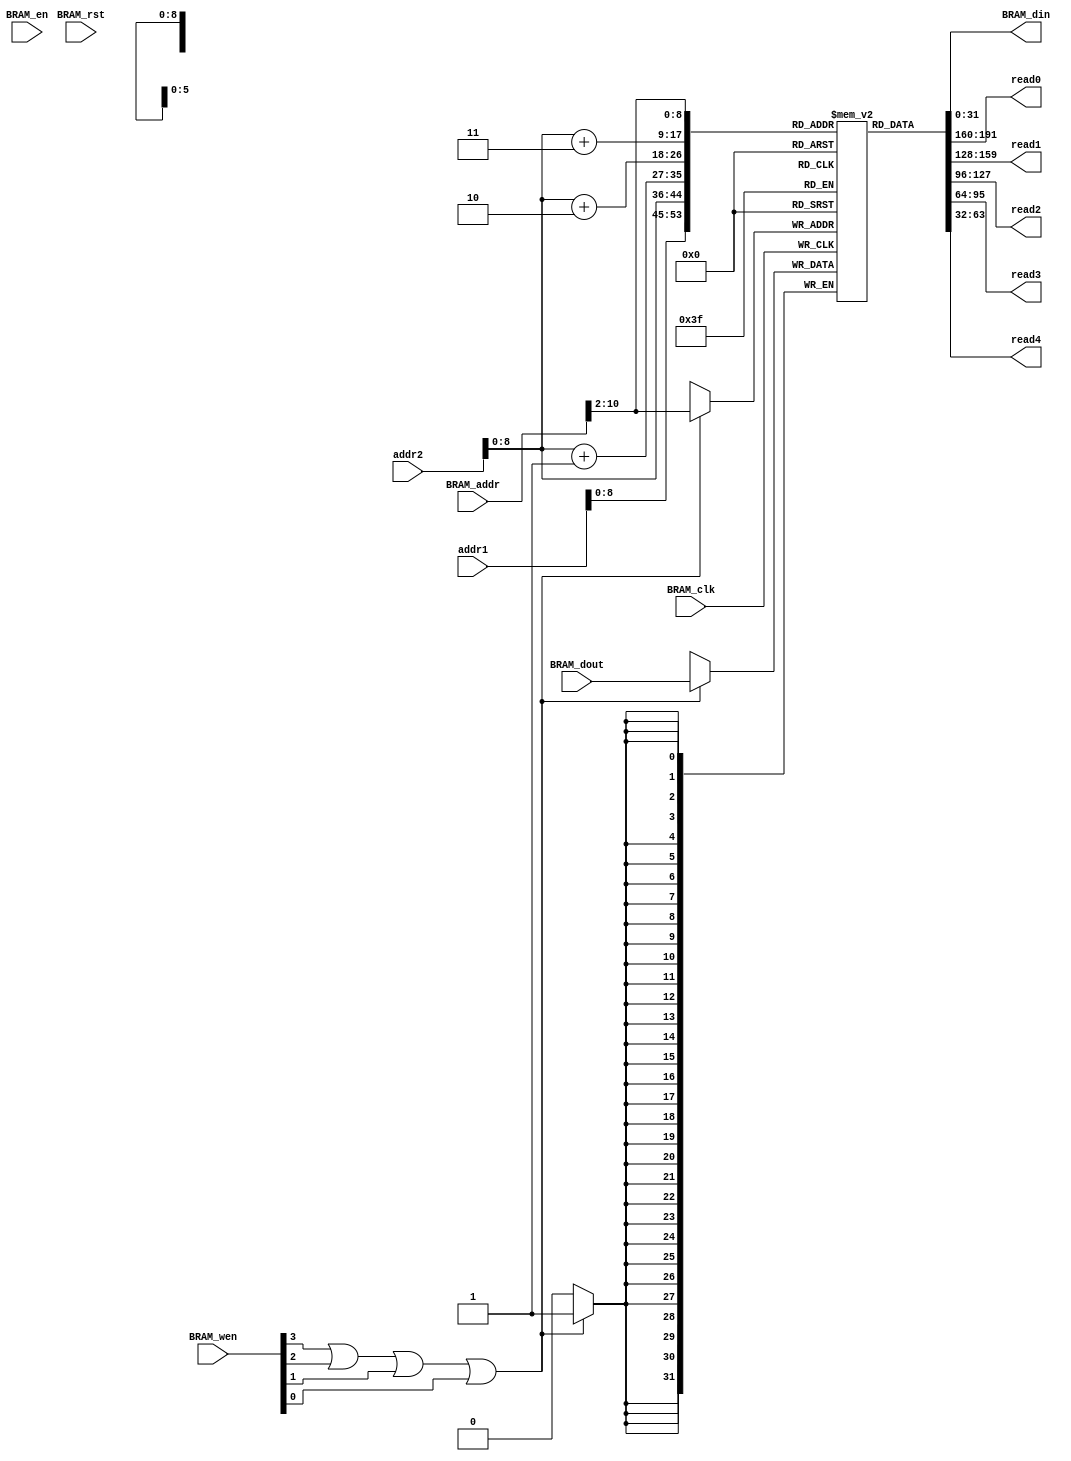
`timescale 1ns / 1ps
//////////////////////////////////////////////////////////////////////////////////
// Company: 
// Engineer: 
// 
// Design Name: 
// Module Name:    inst_bram 
// Project Name: 
// Target Devices: 
// Tool versions: 
// Description: 
//
// Dependencies: 
//
// Revision: 
// Revision 0.01 - File Created
// Additional Comments: 
//
//////////////////////////////////////////////////////////////////////////////////
module async_inst_bram( BRAM_rst, BRAM_clk, BRAM_en, BRAM_wen, 
                        BRAM_addr, BRAM_din, BRAM_dout,
                        addr1, addr2, read0, read1, read2, read3, read4 );
    
    input              BRAM_rst;
    input              BRAM_clk;
    input              BRAM_en;
    input  [0:3]       BRAM_wen;
    input  [0:31]      BRAM_addr;
    output [0:31]      BRAM_din;
    input  [0:31]      BRAM_dout;
    
    input  [31:0]      addr1;
    input  [31:0]      addr2;
    output [31:0]      read0;
    output [31:0]      read1;
    output [31:0]      read2;
    output [31:0]      read3;
    output [31:0]      read4;
        
    reg    [31:0]  mem [383:0]; 
    //reg    [31:0]  mem [44:0];     
    
    wire   [0:9]   addr;
    
    assign read0 = mem[addr1];
    assign read1 = mem[addr2];
    assign read2 = mem[addr2+1];
    assign read3 = mem[addr2+2];
    assign read4 = mem[addr2+3];
    
    assign addr     = BRAM_addr [20:29];
    assign BRAM_din = mem[addr];
    assign wen      = BRAM_wen[0] | BRAM_wen[1] | BRAM_wen[2] | BRAM_wen[3];
    
    always @ (posedge BRAM_clk)
    begin
        if (wen)
            mem[addr] <= BRAM_dout;
    end
    
    initial begin
        
        mem[0]=32'h80001016;		// rotate matrix
        
        mem[1]=32'h3F3504F3;        
        mem[2]=32'h00000000;
        mem[3]=32'hBF3504F2;
        mem[4]=32'h00000000;
        
        mem[5]=32'h00000000;
        mem[6]=32'h3F800000;
        mem[7]=32'h00000000;
        mem[8]=32'h00000000;
        
        mem[9]= 32'h3F3504F3;
        mem[10]= 32'h0;
        mem[11]= 32'h3F3504F3;
        mem[12]= 32'h0;
        
        mem[13]= 32'h0;
        mem[14]= 32'h0;
        mem[15]= 32'h0;
        mem[16]= 32'h3F800000;
        
        mem[17]= 32'h80000304;   // Color
        mem[18]= 32'h3F800000;   // r: 1
        mem[19]= 32'h00000000;   // g: 0
        mem[20]= 32'h00000000;   // b: 0
        mem[21]= 32'h80000303;   // Vertex 1
        mem[22]= 32'h3F800000;   // x: 1   
        mem[23]= 32'h41200000;   // y: 10
        mem[24]= 32'h3F800000;   // z: 1
        mem[25]= 32'h80000304;   // Color
        mem[26]= 32'h00000000;   // r: 0
        mem[27]= 32'h3F800000;   // g: 1
        mem[28]= 32'h00000000;   // b: 0
        mem[29]= 32'h80000303;   // Vertex 2 
        mem[30]= 32'h41200000;   // x: 10   
        mem[31]= 32'h3F800000;   // y: 1
        mem[32]= 32'h41200000;   // z: 10
        mem[33]= 32'h80000304;   // Color
        mem[34]= 32'h00000000;   // r: 0
        mem[35]= 32'h00000000;   // g: 0
        mem[36]= 32'h3F800000;   // b: 1
        mem[37]= 32'h80000303;   // Vertex 3
        mem[38]= 32'h3F800000;   // x: 1   
        mem[39]= 32'h3F800000;   // y: 1
        mem[40]= 32'h00000000;   // z: 0
        mem[41]= 32'h00000005;   // Flush
        mem[42]= 32'h00000006;   // Jump
        mem[43]= 32'h0;
		/*
        mem[0]= 32'h80000304;   // Color
        mem[1]= 32'h3F800000;   // r: 1
        mem[2]= 32'h00000000;   // g: 0
        mem[3]= 32'h00000000;   // b: 0
        mem[4]= 32'h80000303;   // Vertex 1
        mem[5]= 32'h3F800000;   // x: 1   
        mem[6]= 32'h41200000;   // y: 25
        mem[7]= 32'h00000000;   // z: 0
        mem[8]= 32'h80000304;   // Color
        mem[9]= 32'h00000000;   // r: 0
        mem[10]= 32'h3F800000;   // g: 1
        mem[11]= 32'h00000000;   // b: 0
        mem[12]= 32'h80000303;   // Vertex 2 
        mem[13]= 32'h41200000;   // x: 25   
        mem[14]= 32'h3F800000;   // y: 1
        mem[15]= 32'h00000000;   // z: 0
        mem[16]= 32'h80000304;   // Color
        mem[17]= 32'h00000000;   // r: 0
        mem[18]= 32'h00000000;   // g: 0
        mem[19]= 32'h3F800000;   // b: 1
        mem[20]= 32'h80000303;   // Vertex 3
        mem[21]= 32'h3F800000;   // x: 1   
        mem[22]= 32'h3F800000;   // y: 1
        mem[23]= 32'h00000000;   // z: 0
        mem[24]= 32'h80000304;   // Color
        mem[25]= 32'h3F800000;   // r: 1
        mem[26]= 32'h00000000;   // g: 0
        mem[27]= 32'h00000000;   // b: 0
        
        mem[28]= 32'h80000303;   // Vertex 4
        mem[29]= 32'hBF800000;   // x: -1   
        mem[30]= 32'hC1200000;   // y: -25
        mem[31]= 32'h00000000;   // z: 0
        mem[32]= 32'h80000304;   // Color
        mem[33]= 32'h00000000;   // r: 0
        mem[34]= 32'h3F800000;   // g: 1
        mem[35]= 32'h00000000;   // b: 0
        mem[36]= 32'h80000303;   // Vertex 5
        mem[37]= 32'hC1200000;   // x: -25   
        mem[38]= 32'hBF800000;   // y: -1
        mem[39]= 32'h00000000;   // z: 0
        mem[40]= 32'h80000304;   // Color
        mem[41]= 32'h00000000;   // r: 0
        mem[42]= 32'h00000000;   // g: 0
        mem[43]= 32'hBF800000;   // b: 1
        mem[44]= 32'h80000303;   // Vertex 6
        mem[45]= 32'hBF800000;   // x: -1  
        mem[46]= 32'hBF800000;   // y: -1
        mem[47]= 32'h00000000;   // z: 0
        mem[48]= 32'h0;
        mem[49]= 32'h0;
        */
        
    end
    
endmodule